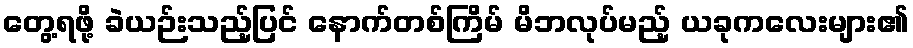
တွေ့ရဖို့ ခဲယဉ်းသည့်ပြင် နောက်တစ်ကြိမ် မိဘလုပ်မည့် ယခုကလေးများ၏